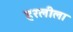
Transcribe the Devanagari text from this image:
हरलीला